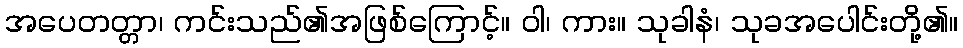
အပေတတ္တာ၊ ကင်းသည်၏အဖြစ်ကြောင့်။ ဝါ၊ ကား။ သုခါနံ၊ သုခအပေါင်းတို့၏။